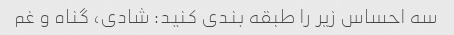
سه احساس زیر را طبقه بندی کنید: شادی، گناه و غم